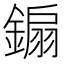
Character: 䥇